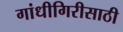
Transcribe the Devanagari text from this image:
गांधीगिरीसाठी